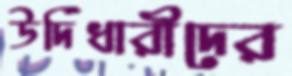
উর্দিধারীদের